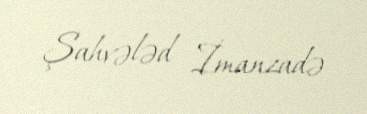
Şahvələd İmanzadə